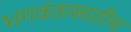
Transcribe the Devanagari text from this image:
भगवंतासाठीच